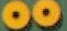
00